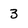
Character: 3